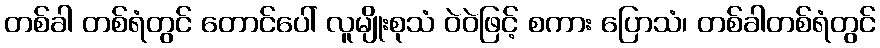
တစ်ခါ တစ်ရံတွင် တောင်ပေါ် လူမျိုးစုသံ ဝဲဝဲဖြင့် စကား ပြောသံ၊ တစ်ခါတစ်ရံတွင်